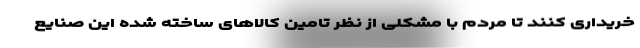
خریداری کنند تا مردم با مشکلی از نظر تامین کالاهای ساخته شده این صنایع